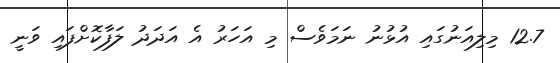
12.7 މިލިއަނުގައި އުޅުނު ނަމަވެސް މި އަހަރު އެ އަދަދު ލަފާކޮށްފައި ވަނީ